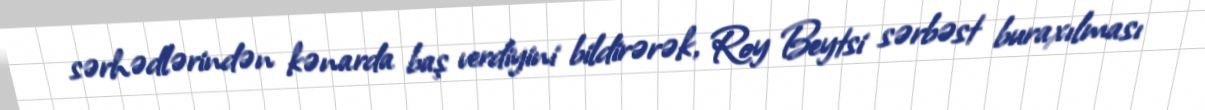
sərhədlərindən kənarda baş verdiyini bildirərək, Roy Beytsi sərbəst buraxılması